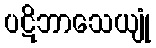
ပဋိဘာသေယျုံ